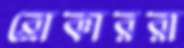
ব্রোকাররা